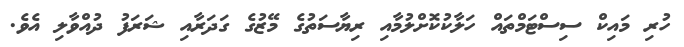
ހުރި މައިކް ސިސްޓަމްތައް ހަލާކުކޮށްލުމާއި ރިޔާސަތުގެ މޭޒުގެ ގަދަރާއި ޝަރަފު ދުއްވާލި އެވެ.